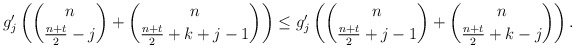
\begin{align*} g'_j\left(\binom{n}{\frac{n+t}{2}-j}+\binom{n}{\frac{n+t}{2}+k+j-1}\right)\le g'_j\left(\binom{n}{\frac{n+t}{2}+j-1}+\binom{n}{\frac{n+t}{2}+k-j}\right).\end{align*}